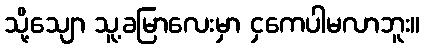
သို့သျော သူ့ခမြာလေးမှာ ငှကေပါမလာဘူး။